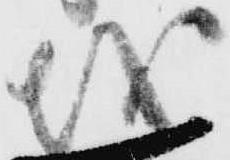
越